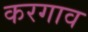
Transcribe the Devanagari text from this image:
करगाव